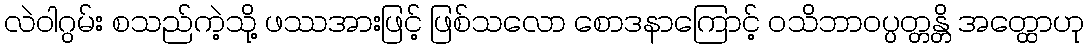
လဲဝါဂွမ်း စသည်ကဲ့သို့ ဖဿအားဖြင့် ဖြစ်သလော စောဒနာကြောင့် ဝသိဘာဝပ္ပတ္တန္တိ အတ္ထောဟု